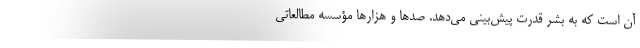
آن است که به بشر قدرت پیش‌بینی می‌دهد. صدها و هزارها مؤسسه مطالعاتی